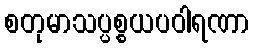
စတုမာသပ္ပစ္စယပဝါရဏာ